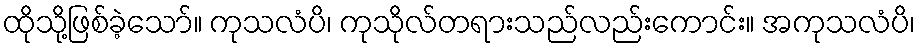
ထိုသို့ဖြစ်ခဲ့သော်။ ကုသလံပိ၊ ကုသိုလ်တရားသည်လည်းကောင်း။ အကုသလံပိ၊